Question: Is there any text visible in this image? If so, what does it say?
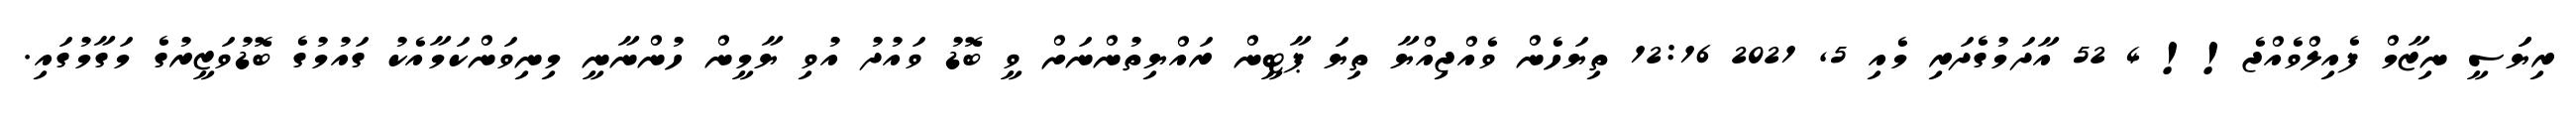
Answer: ރިޔަަސީ ނިޒާމް ފެއިލްވެއްޖެ!! 4 52 އާދަމުގެދަރި މެއި 5, 2021 12:16 ތިޔަހެން ވެއްޖިއްޔާ ތިޔަ ޕާޓީން ރައްޔިތުންނަށް ވީ ބޮޑު ވައުދު އުވި ޔާމީން ހުންނާނީ މިނިވަންކަމާއެކު ގައުމުގެ ބޮޑުވަޒީރުގެ މަގާމުގައި.